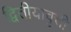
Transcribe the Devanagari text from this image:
द्वितीयावृत्ती